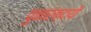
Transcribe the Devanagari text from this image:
पुनारंक्दायी